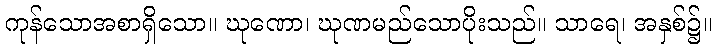
ကုန်သောအစာရှိသော။ ဃုဏော၊ ဃုဏမည်သောပိုးသည်။ သာရေ၊ အနှစ်၌။